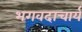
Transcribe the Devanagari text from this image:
भगवदाचार्य